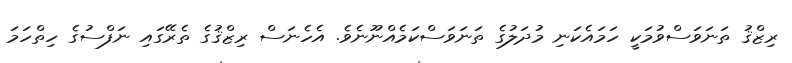
ރިޒްޤު ތަނަވަސްވުމަކީ ހަމައެކަނި މުދަލުގެ ތަނަވަސްކަމެއްނޫނެވެ. އެހެނަސް ރިޒްޤުގެ ތެރޭގައި ނަފްސުގެ ހިތްހަމަ